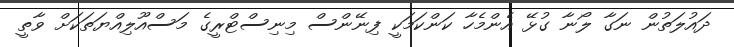
ދައުލަތުން ނަަގާ ލޯނާ ގުޅޭ އެންމެހާ ކަންކަމަކީ ފިނޭންސް މިނިސްޓްރީގެ މަސްއޫލިއްޔަތަކަށް ވާތީ